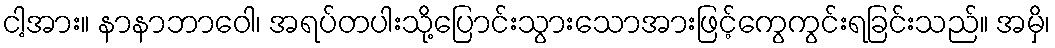
ငါ့အား။ နာနာဘာဝေါ၊ အရပ်တပါးသို့ပြောင်းသွားသောအားဖြင့်ကွေကွင်းရခြင်းသည်။ အမှိ၊